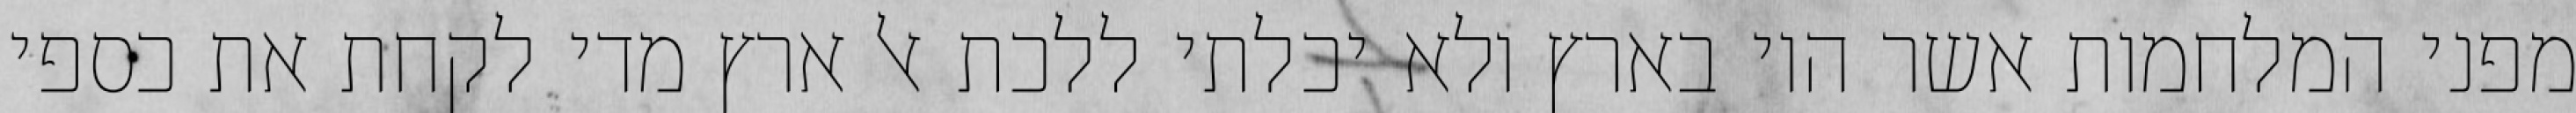
מפני המלחמות אשר היו בארץ ולא יכלתי ללכת אל ארץ מדי לקחת את כספי